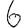
Digit: 6